Report of the Indian Hemp Drugs Commission, 1894-1895 - Volume II
Year: 1894
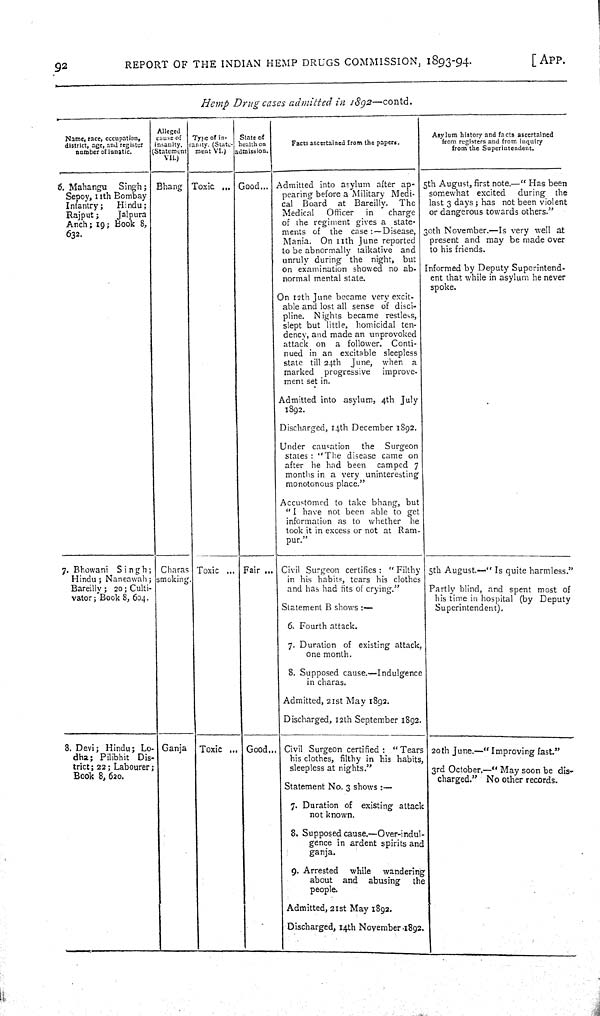
92
REPORT OF THE INDIAN HEMP DRUGS COMMISSION, 1893-94.
[APP.
Hemp Drug cases admitted in 1892—contd.
Name, race, occupation,
district, age, and register
number of lunatic.
Alleged
cause of
insanity.
(Statement
VII.)
Type of in-
-anity. (State-
ment VI.)
State of
health on
admission.
Facts ascertained from the papers.
Asylum history and facts ascertained
from registers and from inquiry
from the Superintendent.
6. Mahangu Singh;
Sepoy, 11th Bombay
Infantry;
Hindu;
Rajput;
Jalpura
Anch; 19; Book 8,
632.
Bhang Toxic
Good
Admitted into asylum after ap-
pearing before a Military Medi-
cal Board at Bareilly. The
Medical Officer in
charge
of the regiment gives a state-
ments of the case:—Disease,
Mania. On 11th June reported
to be abnormally talkative and
unruly during the night, but
on examination showed no ab-
normal mental state.
On 12th June became very excit-
able and lost all sense of disci-
pline. Nights became restless,
slept but little, homicidal ten-
dency, and made an unprovoked
attack on a follower. Conti-
nued in an excitable sleepless
state till 24th June, when a
marked progressive improve-
ment set in.
Admitted into asylum, 4th July
1892.
Discharged, 14th December 1892.
Under causation the Surgeon
states: "The disease came on
after he had been camped 7
months in a very uninteresting
monotonous place."
Accustomed to take bhang, but
"I have not been able to get
information as to whether he
took it in excess or not at Ram-
pur."
5th August, first note.—"Has been
somewhat excited during the
last 3 days; has not been violent
or dangerous towards others."
30th November.—Is very well at
present and may be made over
to his friends.
Informed by Deputy Superintend-
ent that while in asylum he never
spoke.
7. Bhowani Singh;
Hindu; Naneawah;
Bareilly; 20; Culti-
vator; Book 8, 604.
Charas
smoking.
Toxic
Fair
Civil Surgeon certifies: "Filthy
in his habits, tears his clothes
and has had fits of crying."
Statement B shows:—
6. Fourth attack.
7. Duration of existing attack,
one month.
8. Supposed cause.—Indulgence
in charas.
Admitted, 21st May 1892.
Discharged, 12th September 1892.
5th August.—"Is quite harmless."
Partly blind, and spent most of
his time in hospital (by Deputy
Superintendent).
8. Devi; Hindu; Lo-
dha; Pilibhit Dis-
trict; 22; Labourer;
Book 8, 620.
Ganja Toxic
Good
Civil Surgeon certified: "Tears
his clothes, filthy in his habits,
sleepless at nights."
Statement No. 3 shows:—
7. Duration of existing attack
not known.
8. Supposed cause.—Over-indul-
gence in ardent spirits and
ganja.
9. Arrested while wandering
about and abusing the
people.
Admitted, 21st May 1892.
Discharged, 14th November 1892.
20th June.—"Improving fast."
3rd October.—"May soon be dis-
charged." No other records.